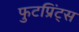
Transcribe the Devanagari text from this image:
फुटप्रिंट्स